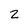
Character: 2